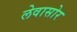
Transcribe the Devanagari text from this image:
लेवासोर